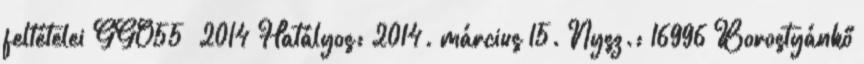
feltételei GGO55 2014 Hatályos: 2014. március 15. Nysz.: 16996 Borostyánkő